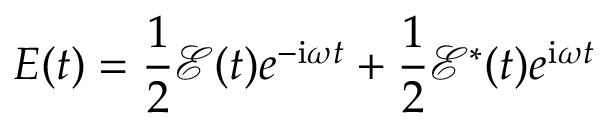
E ( t ) = \frac { 1 } { 2 } \mathcal { E } ( t ) e ^ { - \mathrm { { i } } \omega t } + \frac { 1 } { 2 } \mathcal { E } ^ { * } ( t ) e ^ { \mathrm { { i } } \omega t }